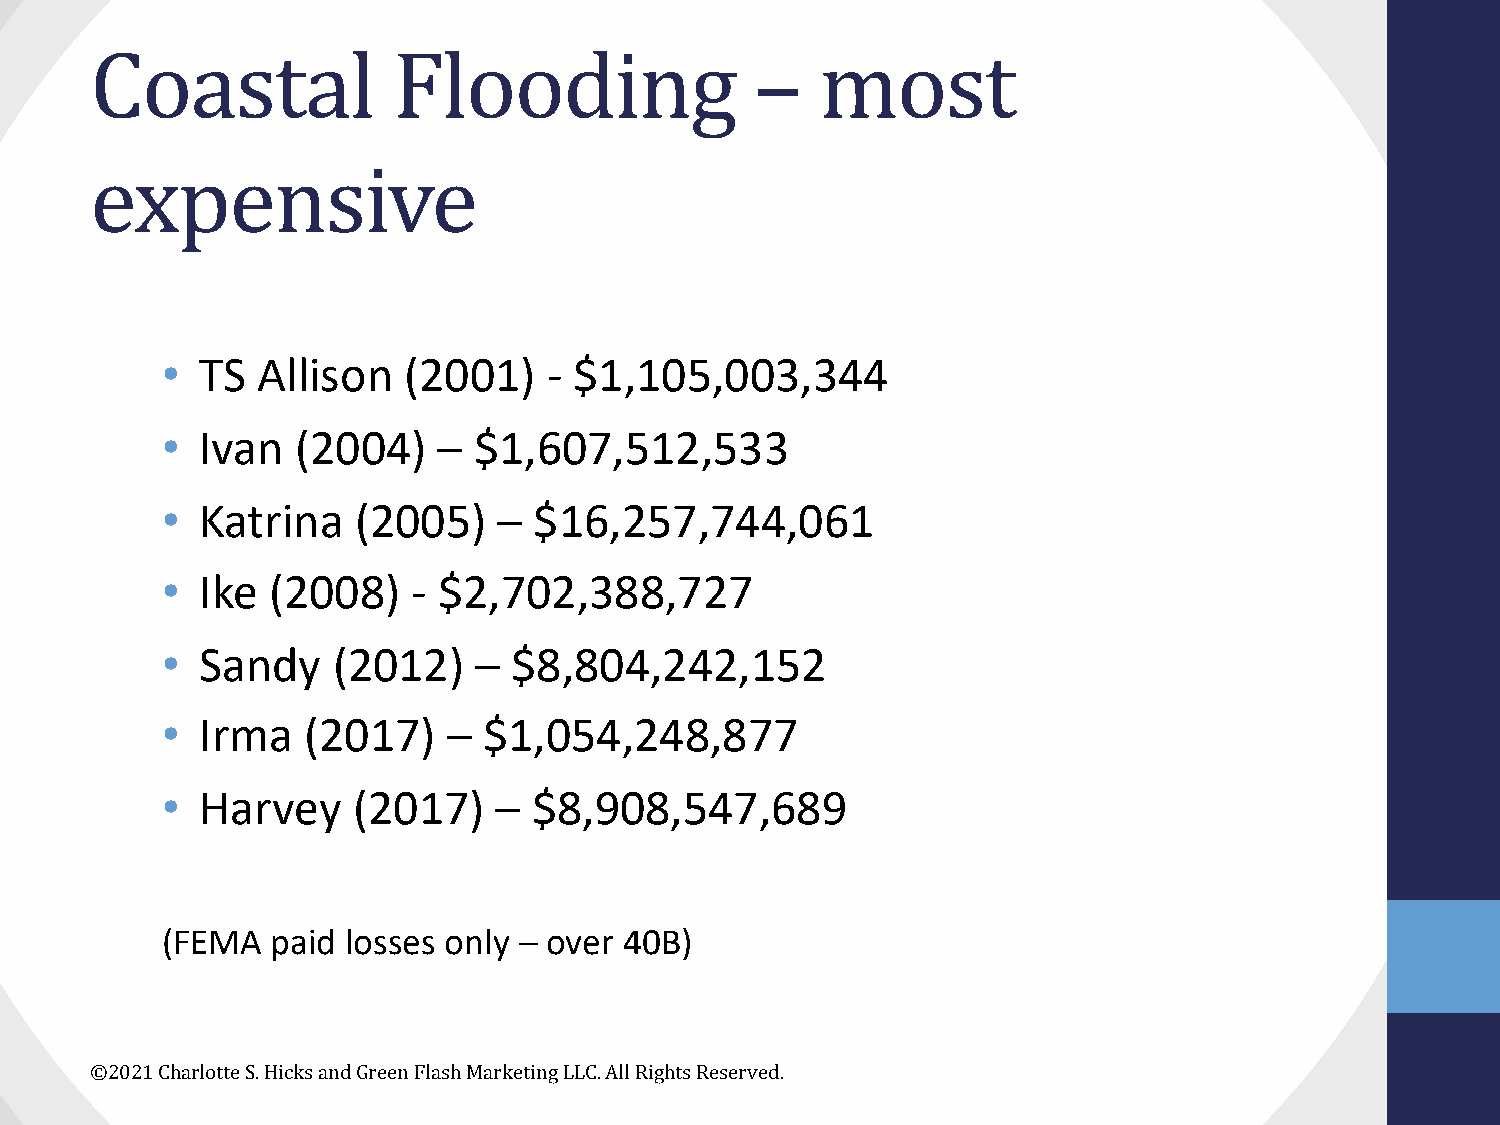
Coastal             Flooding                –   most
 expensive
 • TS  Allison   (2001)   - $1,105,003,344
 • Ivan   (2004)   – $1,607,512,533
 • Katrina   (2005)    – $16,257,744,061
 • Ike  (2008)   - $2,702,388,727
 • Sandy    (2012)   –  $8,804,242,152
 • Irma   (2017)    – $1,054,248,877
 • Harvey    (2017)    – $8,908,547,689
 (FEMA  paid losses only – over 40B)
 ©2021 Charlotte S. Hicks and Green Flash Marketing LLC. All Rights Reserved.